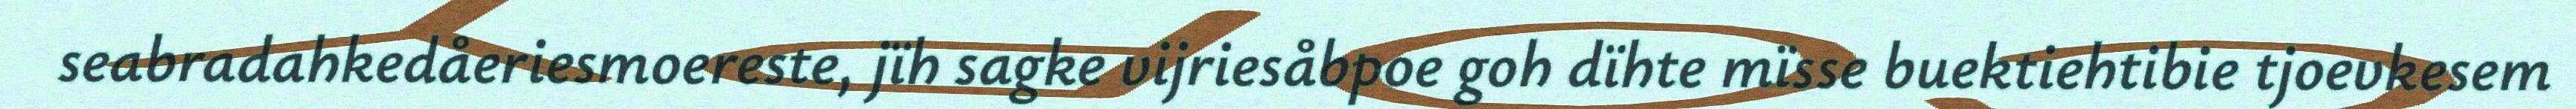
seabradahkedåeriesmoereste, jïh sagke vijriesåbpoe goh dïhte mïsse buektiehtibie tjoevkesem